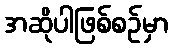
အဆိုပါဖြစ်စဉ်မှာ